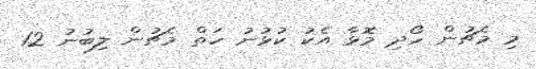
މި މެޗުން ހޯދި މޮޅާ އެކު ކުޅުނު ހަތް މެޗުން ލިބުނު 12